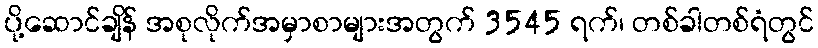
ပို့ဆောင်ချိန် အစုလိုက်အမှာစာများအတွက် 3545 ရက်၊ တစ်ခါတစ်ရံတွင်